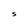
Character: S